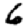
Digit: 6